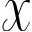
\mathcal { X }